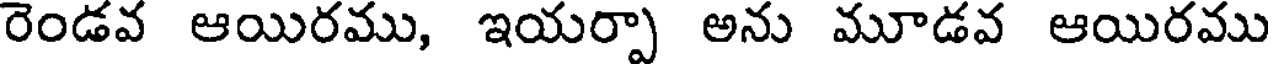
రెండవ ఆయిరము, ఇయర్పా అను మూడవ ఆయిరము